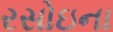
રસોઇના